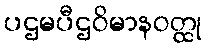
ပဌမပီဌဝိမာနဝတ္ထု